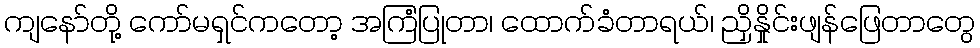
ကျနော်တို့ ကော်မရှင်ကတော့ အကြံပြုတာ၊ ထောက်ခံတာရယ်၊ ညှိနှိုင်းဖျန်ဖြေတာတွေ